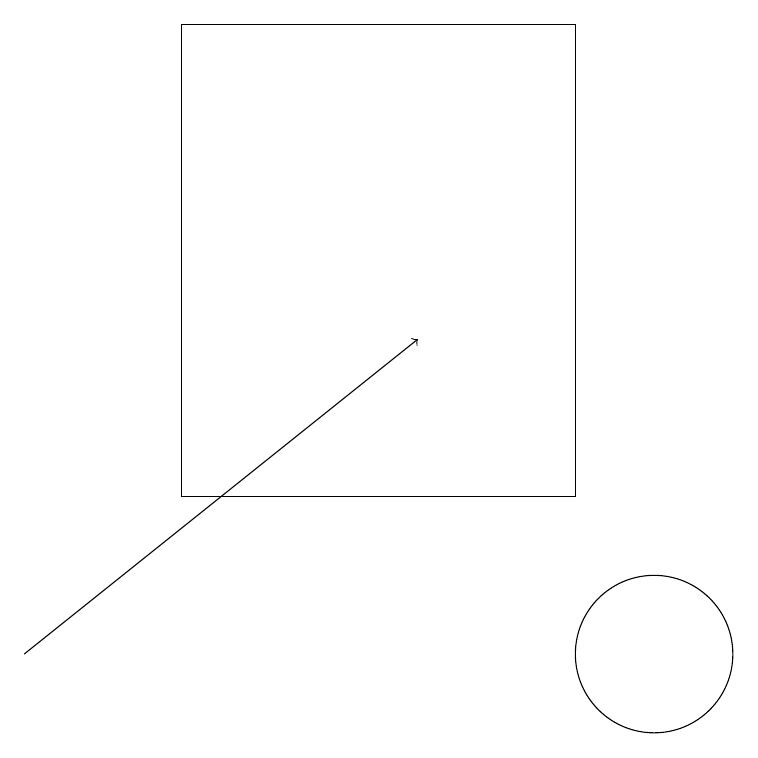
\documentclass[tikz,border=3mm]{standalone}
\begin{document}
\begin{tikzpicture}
\draw (10,10) circle (1);
\draw (4,12) rectangle (9,18);
\draw[->] (2,10) -- (7,14);
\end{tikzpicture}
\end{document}